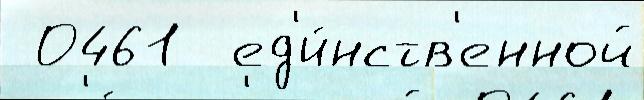
 0461  ед'и́нств'енной